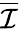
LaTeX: \overline{{\mathcal{I}}}